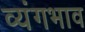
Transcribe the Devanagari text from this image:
व्यंगभाव